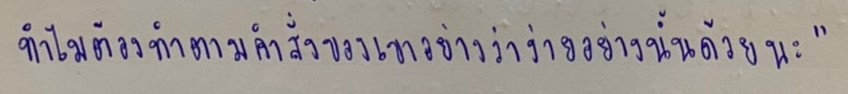
ทำไมต้องทำตามคำสั่งของเขาอย่างว่าง่ายอย่างนั้นด้วยนะ"